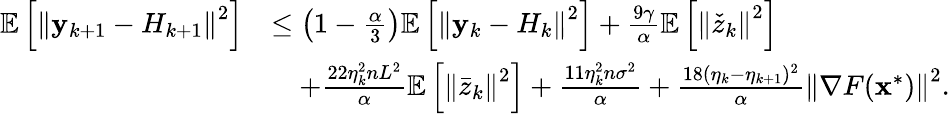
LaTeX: \begin{array}{rl}{\mathbb{E}\left[\left\Vert\mathbf{y}_{k+1}-H_{k+1}\right\Vert^{2}\right]}&{\leq\left(1-\frac{\alpha}{3}\right)\mathbb{E}\left[\left\Vert\mathbf{y}_{k}-H_{k}\right\Vert^{2}\right]+\frac{9\gamma}{\alpha}\mathbb{E}\left[\left\Vert\check{z}_{k}\right\Vert^{2}\right]}\\ &{\quad+\frac{22\eta_{k}^{2}nL^{2}}{\alpha}\mathbb{E}\left[\left\Vert\bar{z}_{k}\right\Vert^{2}\right]+\frac{11\eta_{k}^{2}n\sigma^{2}}{\alpha}+\frac{18(\eta_{k}-\eta_{k+1})^{2}}{\alpha}\left\Vert\nabla F(\mathbf{x}^{*})\right\Vert^{2}.}\end{array}